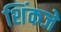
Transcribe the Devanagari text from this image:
शिंकजे